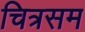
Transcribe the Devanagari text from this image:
चित्रसम